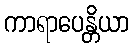
ကာရာပေန္တိယာ